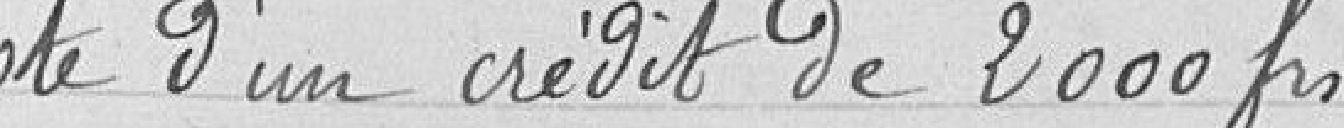
Vote d'un crédit de 2000 francs.